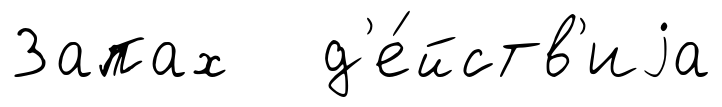
Запах д'е́йств'иjа